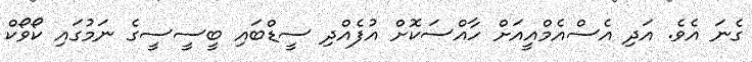
ގެނަ އެވެ. އަދި އެސްއެމްއީއަށް ހާއްސަކޮށް އުފެއްދި ސީޑްބައި ބީސީސީގެ ނަމުގައި ކޯވޯކް